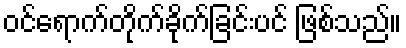
ဝင်ရောက်တိုက်ခိုက်ခြင်းပင် ဖြစ်သည်။